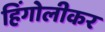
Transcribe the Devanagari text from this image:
हिंगोलीकर